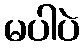
မပါပဲ